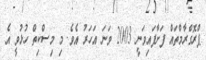
ޕްރޮގްރާމްތައް ފަށާފައިވަނީ 2003 ވަނަ އަހަރު އެވެ. މި މިސްކިތް ހުޅުވީ އެ